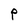
Character: P